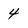
Character: 4